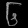
Digit: ၆